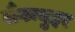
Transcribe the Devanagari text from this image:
लैंगम्युइर